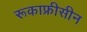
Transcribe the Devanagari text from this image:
रूकाफ्रीसीन